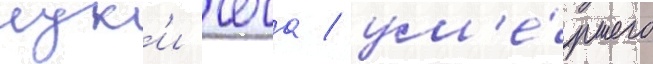
лук'и чеча / ум'е́ршего